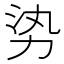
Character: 𪟛